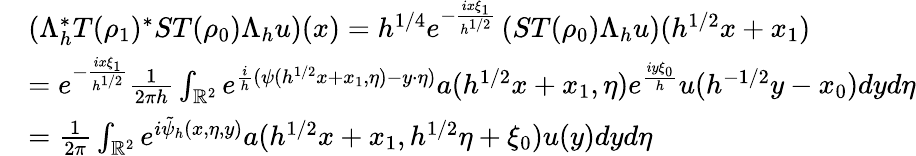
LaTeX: \begin{array}{rl}&{\left(\Lambda_{h}^{*}T(\rho_{1})^{*}ST(\rho_{0})\Lambda_{h}u\right)(x)=h^{1/4}e^{-\frac{ix\xi_{1}}{h^{1/2}}}\left(ST(\rho_{0})\Lambda_{h}u\right)(h^{1/2}x+x_{1})}\\ &{=e^{-\frac{ix\xi_{1}}{h^{1/2}}}\frac{1}{2\pi h}\int_{\mathbb{R}^{2}}e^{\frac{i}{h}(\psi(h^{1/2}x+x_{1},\eta)-y\cdot\eta)}a(h^{1/2}x+x_{1},\eta)e^{\frac{iy\xi_{0}}{h}}u(h^{-1/2}y-x_{0})dyd\eta}\\ &{=\frac{1}{2\pi}\int_{\mathbb{R}^{2}}e^{i\tilde{\psi}_{h}(x,\eta,y)}a(h^{1/2}x+x_{1},h^{1/2}\eta+\xi_{0})u(y)dyd\eta}\end{array}